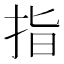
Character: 指